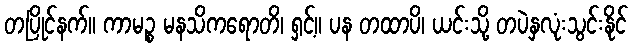
တပြိုင်နက်။ ကာမဉ္စ မနသိကရောတိ၊ ရှင့်။ ပန တထာပိ၊ ယင်းသို့ တပဲနှလုံးသွင်းနိုင်